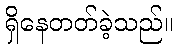
ရှိနေတတ်ခဲ့သည်။